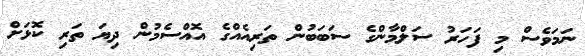
ނަމަވެސް މި ފަހަރު ސަލްމާންގެ ސަބަބުން ތަރިއެއްގެ އޮއްސެމުން ދިޔަ ތަރި ކޮޅަށް